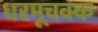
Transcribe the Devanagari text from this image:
धरमूचक्क